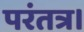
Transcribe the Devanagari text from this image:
परंतत्र।